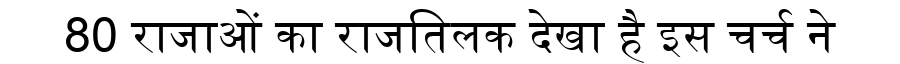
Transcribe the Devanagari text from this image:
80 राजाओं का राजतिलक देखा है इस चर्च ने